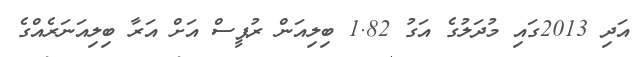
އަދި 2013ގައި މުދަލުގެ އަގު 1.82 ބިލިއަން ރުޕީސް އަށް އަރާ ބިލިއަނަރެއްގެ